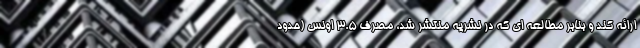
ارائه کند و بنابر مطالعه ای که در نشریه منتشر شد، مصرف 3.5 اونس (حدود